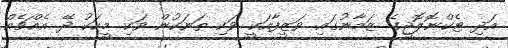
އަދި ޓެކްނޮލޮޖީގެ ޒަމާނުގައި ވަޒީފާއަކީ ވަކި ތަނަކުން ވަކި މީހަކު ދޭ އެއްޗެއް